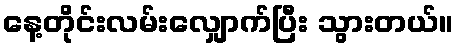
နေ့တိုင်းလမ်းလျှောက်ပြီး သွားတယ်။